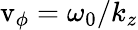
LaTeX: \mathrm{v}_{\phi}=\omega_{0}/k_{z}